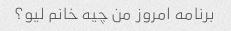
برنامه امروز من چیه خانم لیو؟